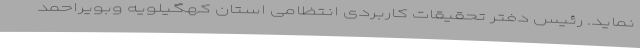
نماید. رئیس دفتر تحقیقات کاربردی انتظامی استان کهگیلویه وبویراحمد